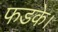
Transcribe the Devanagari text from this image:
फडके।